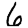
Digit: 6